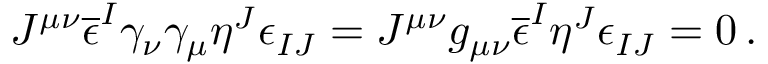
J ^ { \mu \nu } \overline { { { \epsilon } } } ^ { I } \gamma _ { \nu } \gamma _ { \mu } \eta ^ { J } \epsilon _ { I J } = J ^ { \mu \nu } g _ { \mu \nu } \overline { { { \epsilon } } } ^ { I } \eta ^ { J } \epsilon _ { I J } = 0 \, .